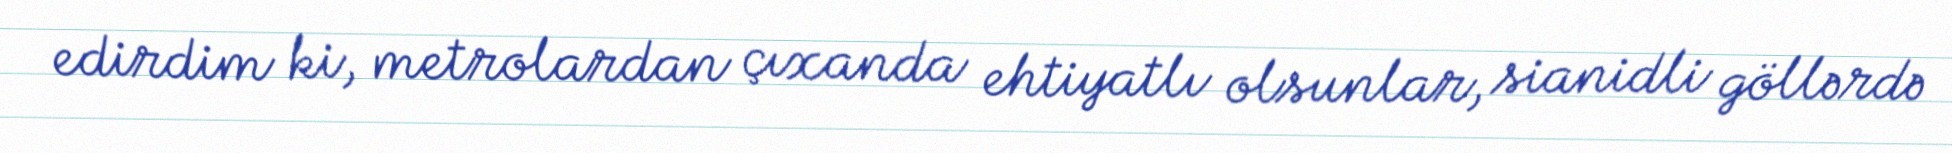
edirdim ki, metrolardan çıxanda ehtiyatlı olsunlar, sianidli göllərdə